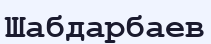
Шабдарбаев